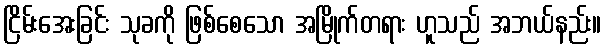
ငြိမ်းအေးခြင်း သုခကို ဖြစ်စေသော အမြိုက်တရား ဟူသည် အဘယ်နည်း။